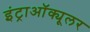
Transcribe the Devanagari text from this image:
इंट्राऑक्यूलर